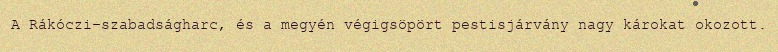
A Rákóczi-szabadságharc, és a megyén végigsöpört pestisjárvány nagy károkat okozott.